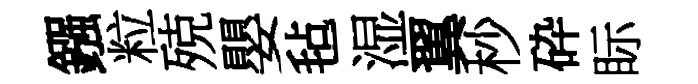
鏹粒殑嬰毡湿翼杪砕眎